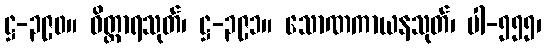
ဋ္ဌ-၃၉၀။ ဝိတ္ထာရသုတ်၊ ဋ္ဌ-၃၉၁။ သောဏကာယနသုတ်၊ ပါ-၅၅၅၊